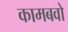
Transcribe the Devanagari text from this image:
कामबवो